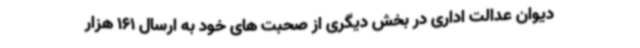
دیوان عدالت اداری در بخش دیگری از صحبت های خود به ارسال 161 هزار